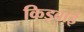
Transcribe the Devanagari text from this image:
किड्बाई